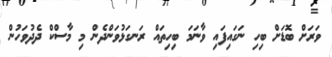
ވަރަށް ބޮޑަށް ބިހި ނަގައިފައި ވާނަމަ ބިހިތައް ރަނގަޅުވަންދެން މި މާސްކް ދެދުވަހުން